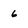
Character: 6